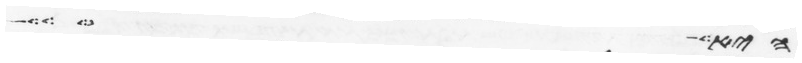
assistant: היא צער